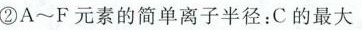
②A~F元素的简单离子半径：C的最大